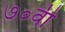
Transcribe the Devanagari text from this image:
७०वीं